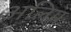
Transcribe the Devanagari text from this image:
अलिम्